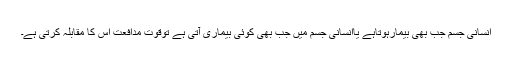
انسانی جسم جب بھی بیمارہوتاہے یاانسانی جسم میں جب بھی کوئی بیماری آتی ہے توقوت مدافعت اس کا مقابلہ کرتی ہے۔